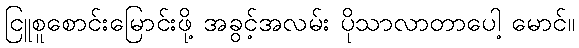
ငြူစူစောင်းမြောင်းဖို့ အခွင့်အလမ်း ပိုသာလာတာပေါ့ မောင်။